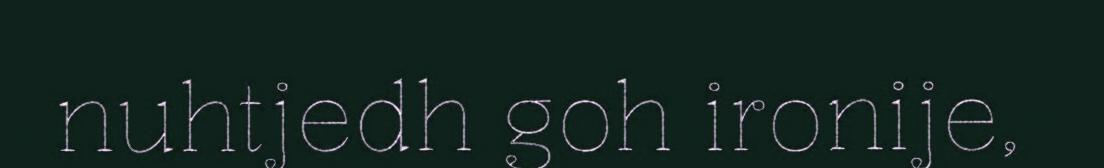
nuhtjedh goh ironije,